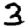
Digit: 3